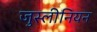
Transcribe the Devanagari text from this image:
जुस्लीनियन